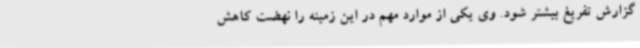
گزارش تفریغ بیشتر شود. وی یکی از موارد مهم در این زمینه را نهضت کاهش